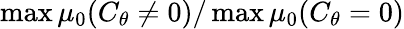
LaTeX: \operatorname*{max}\mu_{0}(C_{\theta}\neq 0)/\operatorname*{max}\mu_{0}(C_{\theta}=0)